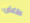
طلاق